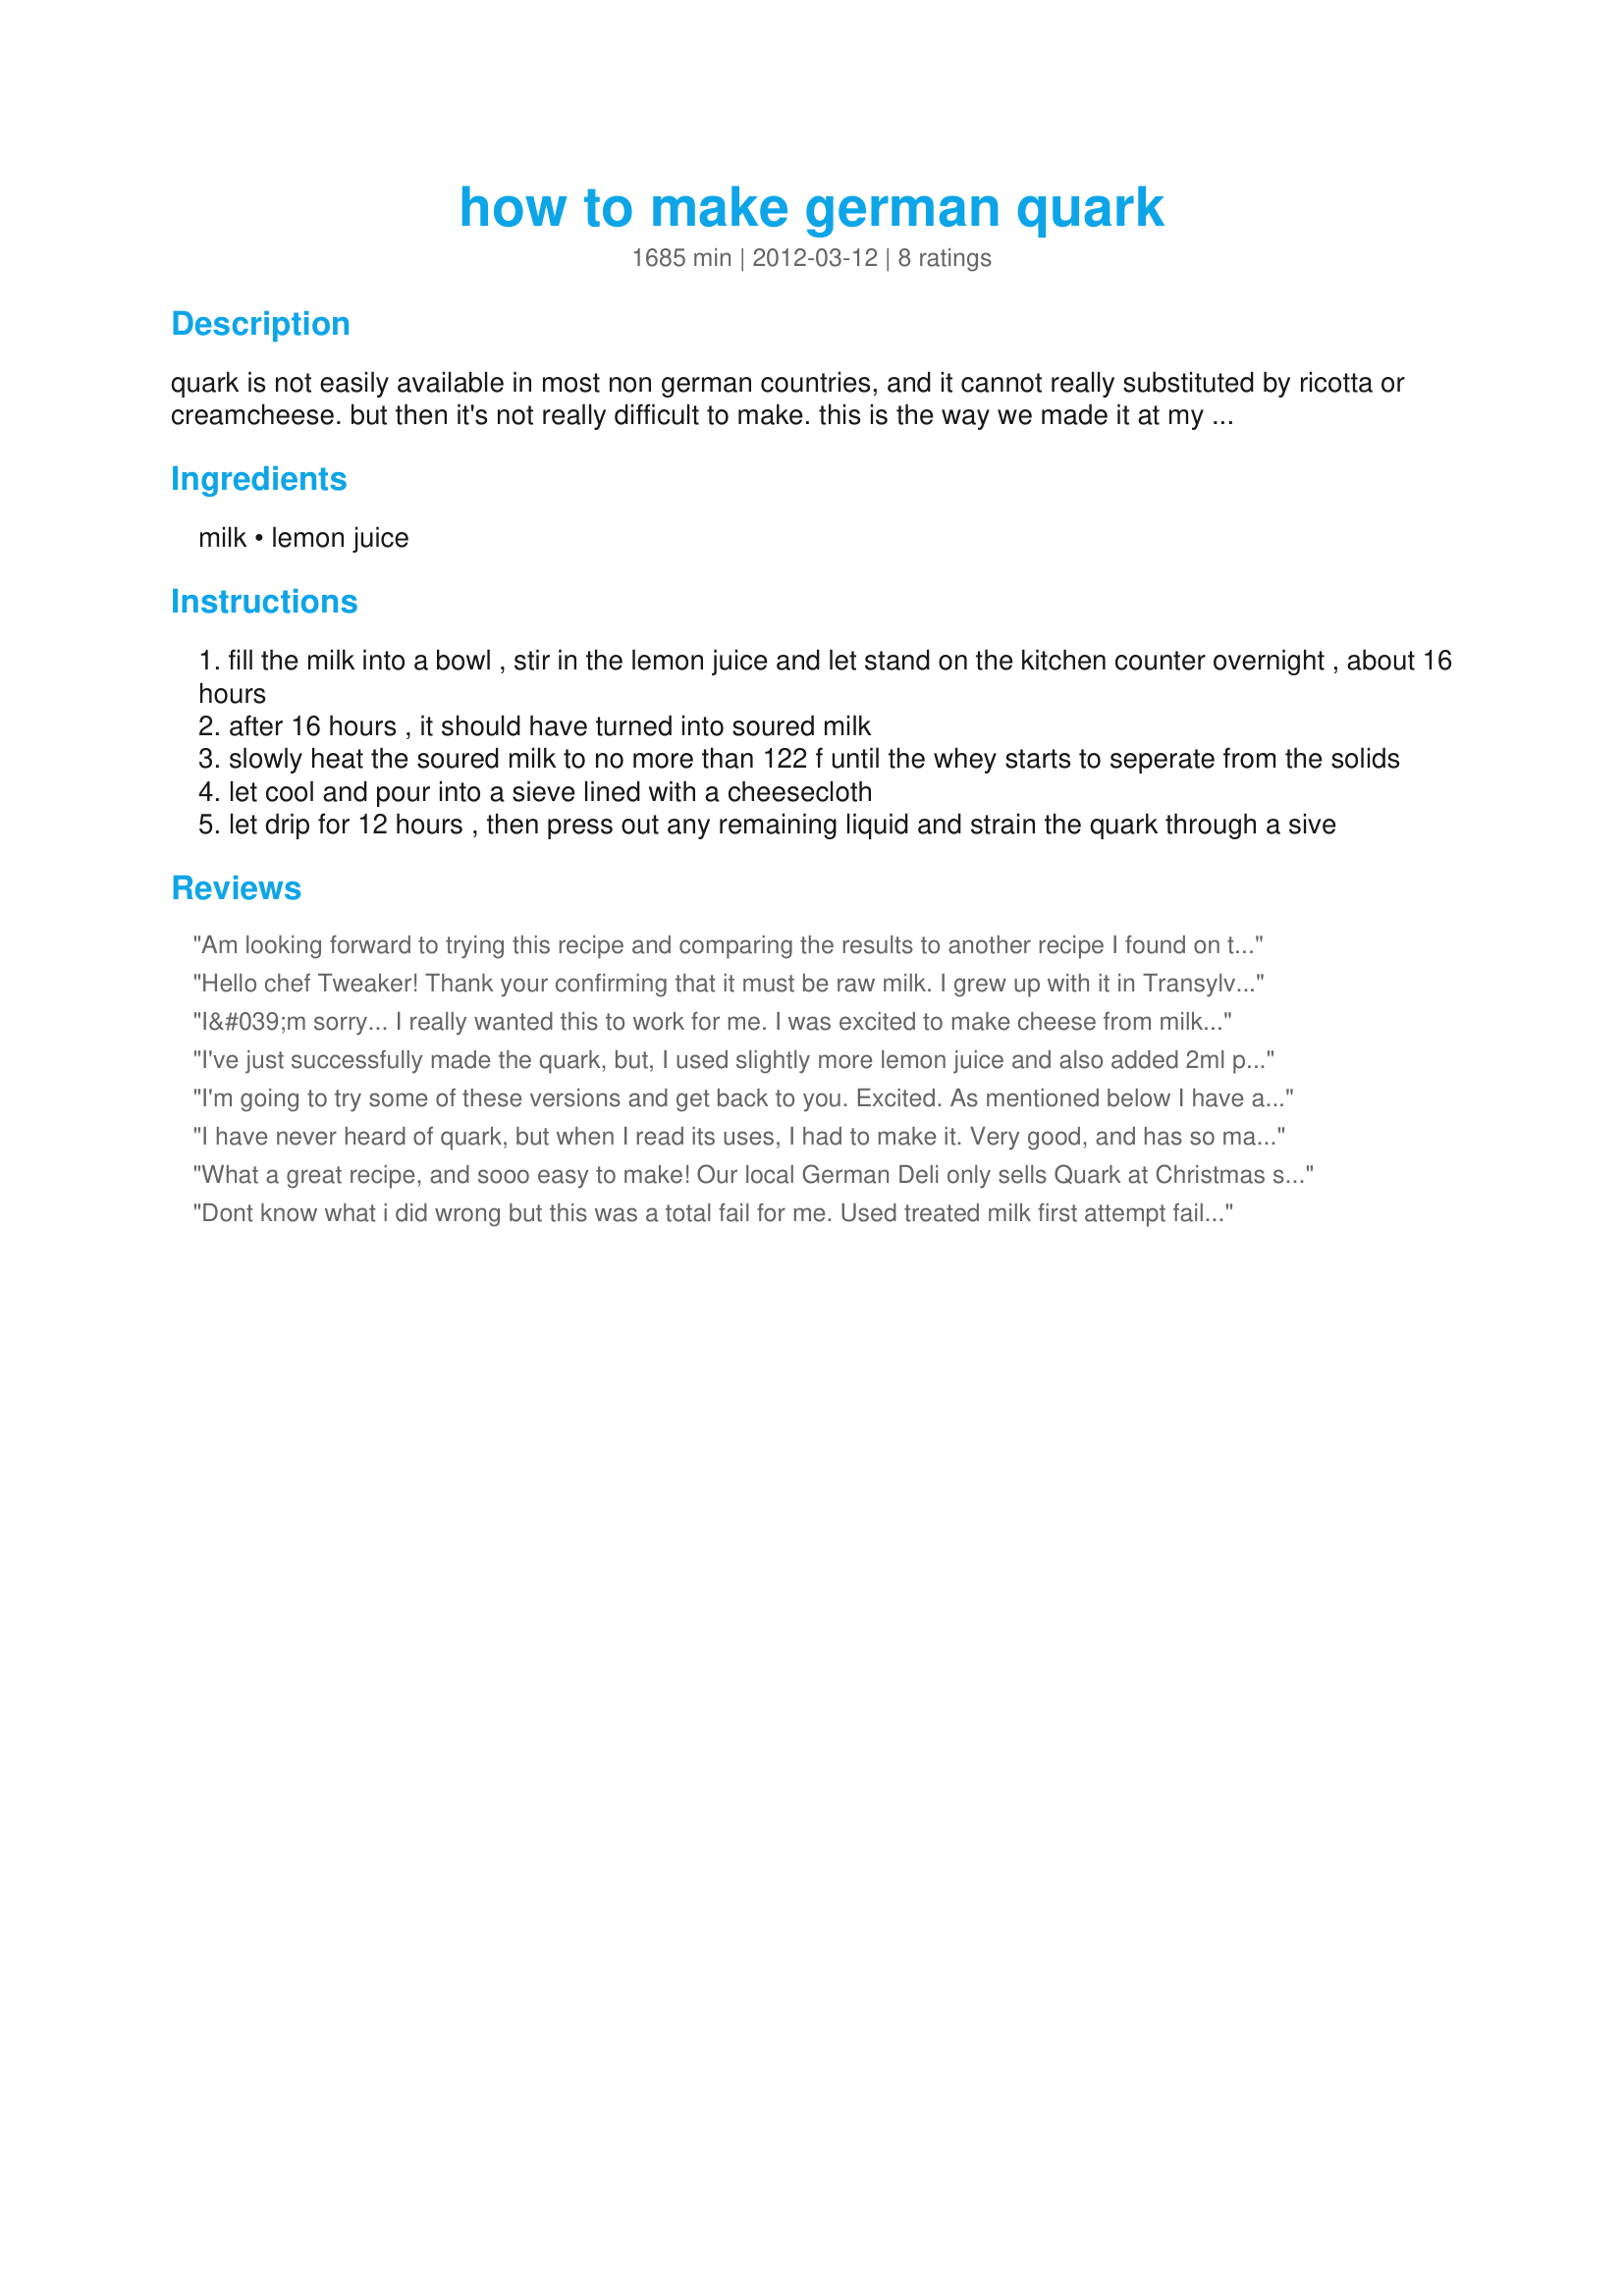
how to make german quark
Preparation time: 1685 minutes

quark is not easily available in most non german countries, and it cannot really substituted by ricotta or creamcheese. but then it's not really difficult to make. this is the way we made it at my friend's house in a tiny village in the black forest where i spent my summer vacations when i was 13.
1 litre (1 1/8 quart) milk makes about 300 - 350 g (ca. 8 - 12 ounces) quark.

Ingredients:
milk, lemon juice

Steps:
fill the milk into a bowl , stir in the lemon juice and let stand on the kitchen counter overnight , about 16 hours
after 16 hours , it should have turned into soured milk
slowly heat the soured milk to no more than 122 f until the whey starts to seperate from the solids
let cool and pour into a sieve lined with a cheesecloth
let drip for 12 hours , then press out any remaining liquid and strain the quark through a sive

Reviews:
Am looking forward to trying this recipe and comparing the results to another recipe I found on this site. I love learning how to "make at home" things which one usually thinks are impossible to duplicate in the home kitchen - and often find that the homemade version is by far superior. (A very favorite cookbook of mine is "Better than Store-Bought" and I have made many things from that invaluable book - but there's no quark recipe in it.
Hello chef Tweaker! Thank your confirming that it must be raw milk. I grew up with it in Transylvania. Anyone who states that pasteurized milk works has to yet show me how. Raw milk left in a jug on the counter will clobber with no lemon. Not pasteurized milk though. The pasteurized milk just tastes rotten.
I&#039;m sorry... I really wanted this to work for me. I was excited to make cheese from milk and lemon juice. Sometimes I have been on a yeast/mold free diet and some forms of rennent and culturing is not allowed for that. I saw the review by gemini08 about the milk and but others seemed to have it work. I tried to find not Ultra-pasteurized and was surprised at how prevalent it was. I found some organic milk and didn&#039;t see until it was too late that it WAS ultra. Tried it anyways and only ended up with lemony milk. Tried again, this time found milk that was pasteurized but not homogenized so pretty close to the original. I added fresh squeezed lemon. Overnight I couldn&#039;t tell if anything was happening so added more lemon. Next day decided to try it, it seemed sour but not curdled at all. Raised temp as directed and no curds were formed. It also didn&#039;t taste sour after all so it must not have don the right thing in the beginning. I contacted the chef who said she uses pasteurized milk. Either my lemon wasn&#039;t strong enough or I didn&#039;t cook it long enough at the right temperature. Someday I may try again.
I've just successfully made the quark, but, I used slightly more lemon juice and also added 2ml pink salt.
I'm going to try some of these versions and get back to you. Excited. As mentioned below I have another recipe that produced a nice smooth quark. What all is quark siallynuded go in Germany or Austria?
I have never heard of quark, but when I read its uses, I had to make it. Very good, and has so many uses. I am sure I will be making this often.Thanks, Mia!
What a great recipe, and sooo easy to make! Our local German Deli only sells Quark at Christmas so I was looking for an authentic recipe for Quark, called Topfen in Austria, which is a staple in Austrian cooking. I started with one gallon of Milk and added the juce of one small lemon, than let it do it's work over night. I followed the instructions for warming the milk, using a thermometer. The final product is a silky smooth, wonderfully creamy quark that tastes slightly tangy. I can't wait to use it in a recipe! Thanks, Mia, for posting! Made and reviewed for the "Not only Sauerkraut and Dumpling" event.<br/>UPDATE:<br/>Since my last review I got interested in cheese making. I bought the book 'Artisan Cheese Making At Home" by Mary Karlin and learned a few important things:<br/>Do NOT use ULTRA - PASTEURIZED milk or cream, it will not work! Pasteurized and homogenized milk can be used but it needs more acid or calcium chloride (available on line - www.cheesemaking.com) for the milk to properly separate into curds. This goes also for yoghurt, ricotta and other cultured milk products.
Dont know what i did wrong but this was a total fail for me. Used treated milk first attempt failed, used untreated second attempt failed. Ended up with sour milk, thats all. Waste of milk.
